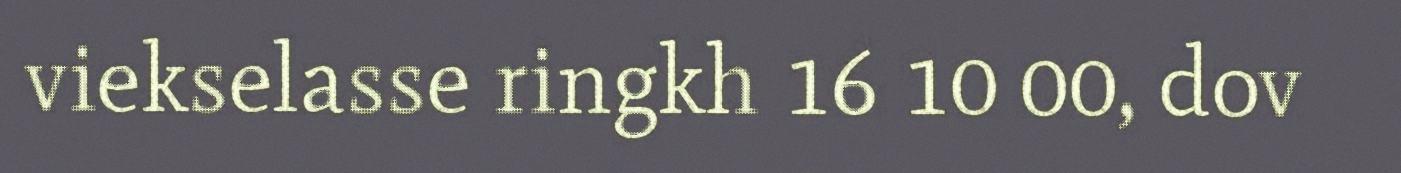
viekselasse ringkh 16 10 00, dov